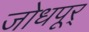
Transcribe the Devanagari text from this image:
जोधपूर्